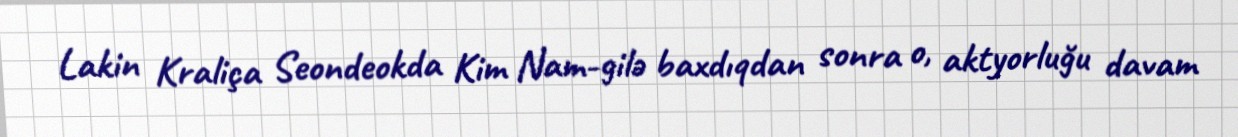
Lakin Kraliça Seondeokda Kim Nam-gilə baxdıqdan sonra o, aktyorluğu davam